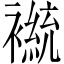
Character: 𫌒